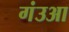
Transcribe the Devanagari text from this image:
गंउआ